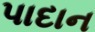
પાદાન